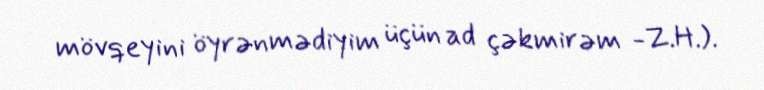
mövqeyini öyrənmədiyim üçün ad çəkmirəm -Z.H.).